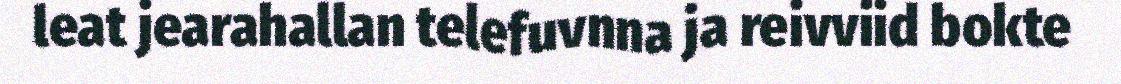
leat jearahallan telefuvnna ja reivviid bokte